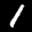
Label: 1